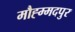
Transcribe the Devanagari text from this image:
मौह्म्मदपुर